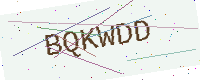
Text: BQKWDD